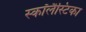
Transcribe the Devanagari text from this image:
स्कॉलैस्टिका